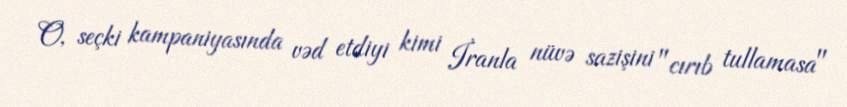
O, seçki kampaniyasında vəd etdiyi kimi İranla nüvə sazişini "cırıb tullamasa"